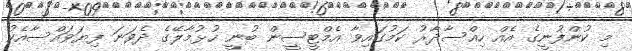
މި ކުންފުނީގެ އެއް ހިއްސާދާރު ކަމުގައިވާ އެމްޓީސީން ބުނީ ހުޅުމާލޭގެ ދެވަނަ ފިޔަވައްސާއެކު